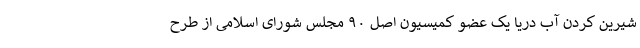
شیرین کردن آب دریا یک عضو کمیسیون اصل ۹۰ مجلس شورای اسلامی از طرح